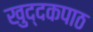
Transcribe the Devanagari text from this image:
खुद्दकपाठ